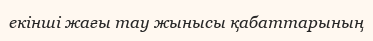
екінші жағы тау жынысы қабаттарының